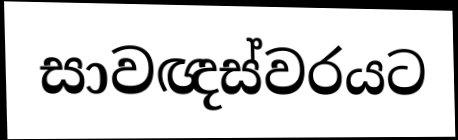
සාවඥස්වරයට